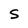
Character: S